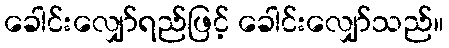
ခေါင်းလျှော်ရည်ဖြင့် ခေါင်းလျှော်သည်။